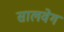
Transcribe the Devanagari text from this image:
सालवेग